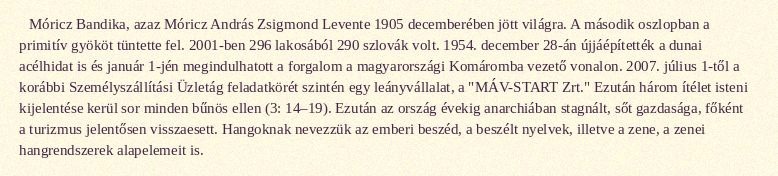
Móricz Bandika, azaz Móricz András Zsigmond Levente 1905 decemberében jött világra. A második oszlopban a primitív gyököt tüntette fel. 2001-ben 296 lakosából 290 szlovák volt. 1954. december 28-án újjáépítették a dunai acélhidat is és január 1-jén megindulhatott a forgalom a magyarországi Komáromba vezető vonalon. 2007. július 1-től a korábbi Személyszállítási Üzletág feladatkörét szintén egy leányvállalat, a "MÁV-START Zrt." Ezután három ítélet isteni kijelentése kerül sor minden bűnös ellen (3: 14–19). Ezután az ország évekig anarchiában stagnált, sőt gazdasága, főként a turizmus jelentősen visszaesett. Hangoknak nevezzük az emberi beszéd, a beszélt nyelvek, illetve a zene, a zenei hangrendszerek alapelemeit is.